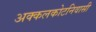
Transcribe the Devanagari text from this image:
अक्कलकोटनिवासी